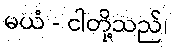
မယံ - ငါတို့သည်၊